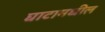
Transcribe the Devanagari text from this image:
घाटामधील